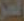
العز